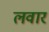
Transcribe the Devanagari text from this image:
लवार